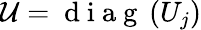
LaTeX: \mathcal{U}=\mathrm{~d~i~a~g~}\left(U_{j}\right)